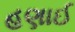
હણાઈ